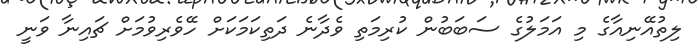
ލިތުއޭނިއާގެ މި އަމަލުގެ ސަބަބުން ކުރިމަތި ވެދާނެ ދަތިކަމަކަށް ހޭވެރިވުމަށް ޗައިނާ ވަނީ